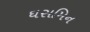
ઘસમિન